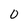
Character: 0